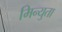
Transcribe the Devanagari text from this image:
मिन्युता